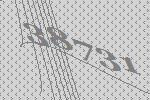
38731